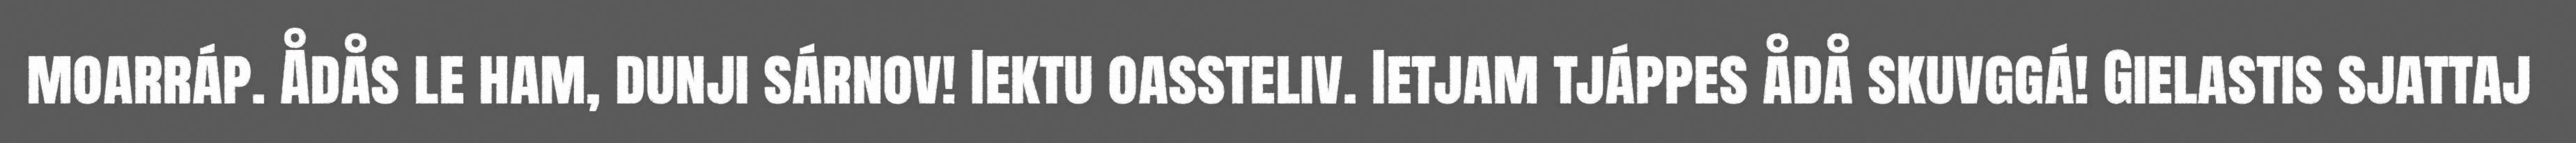
moarráp. Ådås le ham, dunji sárnov! Iektu oassteliv. Ietjam tjáppes ådå skuvggá! Gielastis sjattaj